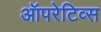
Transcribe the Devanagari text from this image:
ऑपरेटिव्स